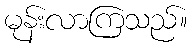
မုန်းလာကြသည်။